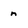
Character: n